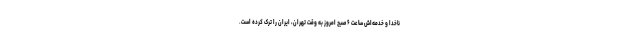
ناخدا و خدمه‌اش ساعت ۶ صبح امروز به وقت تهران، ایران را ترک کرده است.